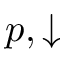
p , \downarrow